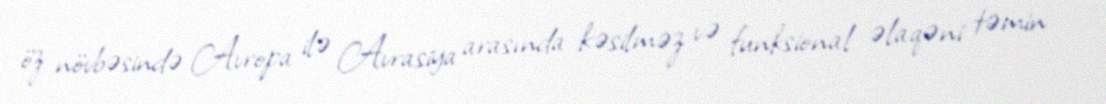
öz növbəsində Avropa ilə Avrasiya arasında kəsilməz və funksional əlaqəni təmin